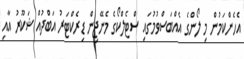
އެހެންކަމުން މި ލޯންގެ އެއްބަސްވުމުގައި ސްޓެލްކޯގެ މެނޭޖިން ޑިރެކްޓަރު އަބްދުއް ޝަކޫރު އާއި